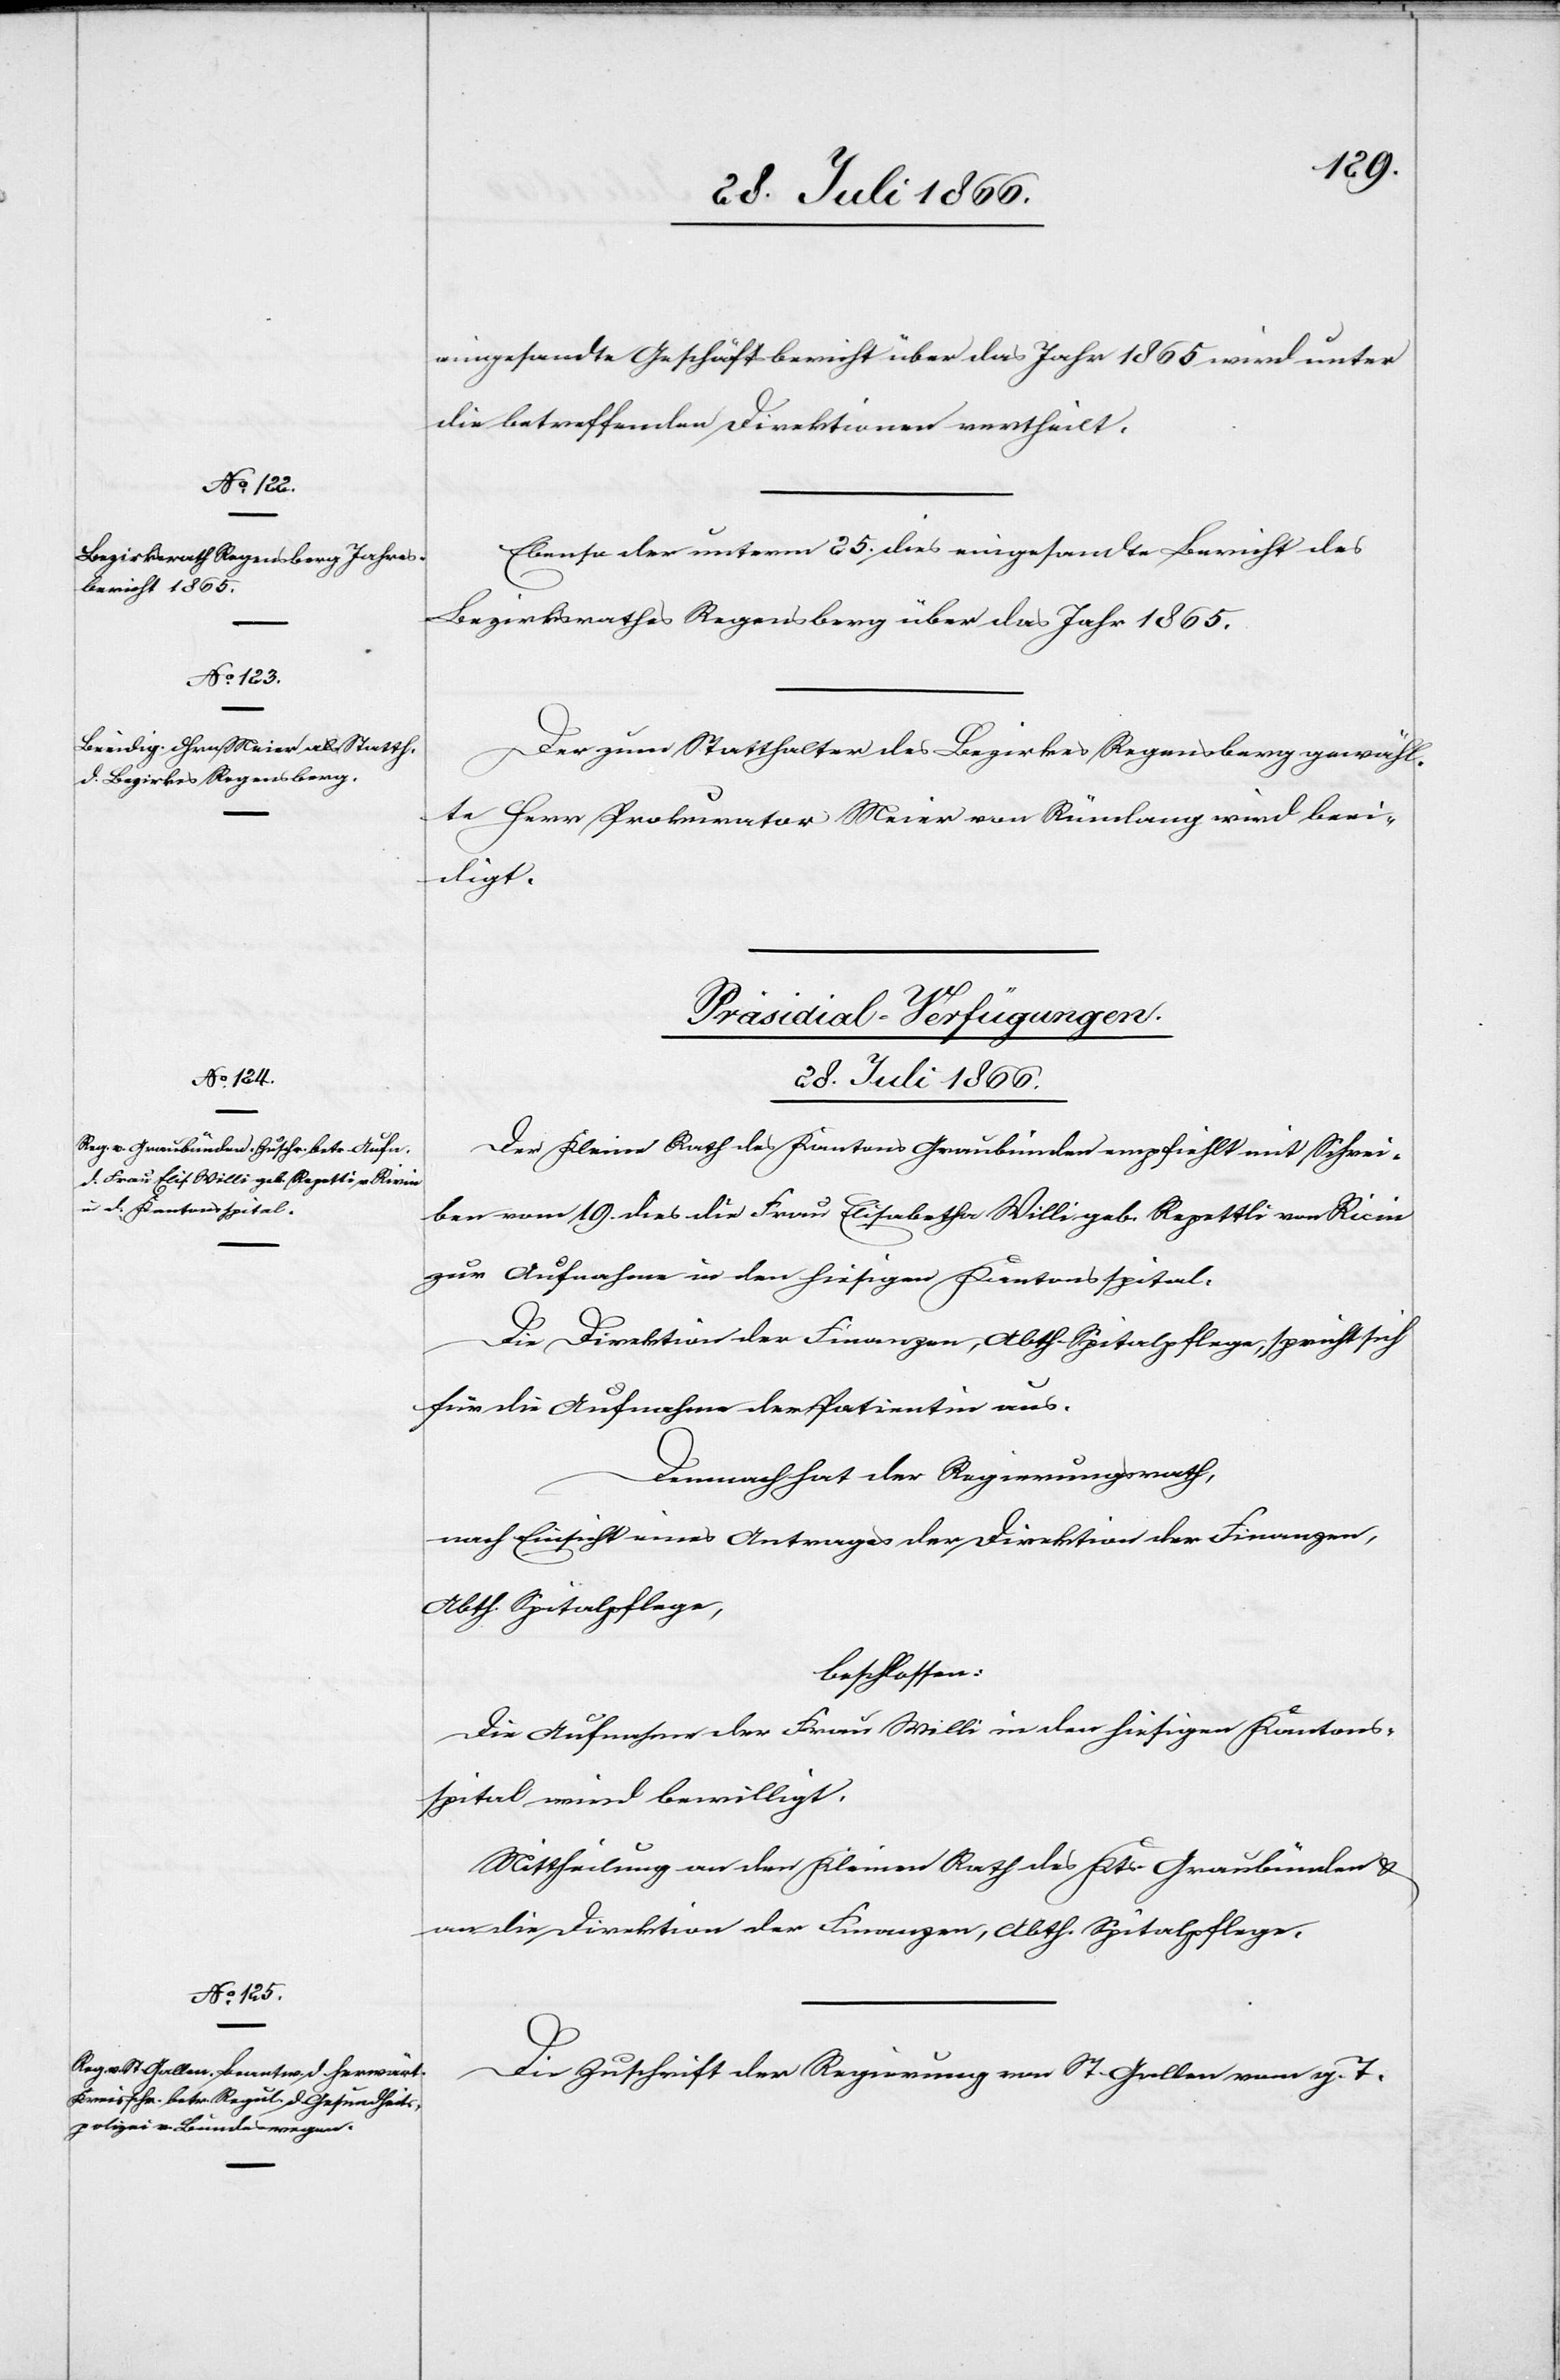
28. Juli 1866.]
eingesandte Geschäftsbericht über das Jahr 1865 wird unter
die betreffenden Direktionen vertheilt.
Ebenso der unterm 25. dies eingesandte Bericht des
Bezirksrathes Regensberg über das Jahr 1865.
Der zum Statthalter des Bezirkes Regensberg gewähl¬
te Herr Prokurator Meier von Rümlang wird beei¬
digt.
[Präsidial-Verfügungen.
28. Juli 1866.
Der Kleine Rath des Kantons Graubünden empfiehlt mit Schrei¬
ben vom 19. dies die Frau Elisabetha Willi geb. Repettli [sic!]
zur Aufnahme in den hiesigen Kantonsspital.
Die Direktion der Finanzen, Abth. Spitalpflege, spricht sich
für die Aufnahme der Patientin aus.
Demnach hat der Regierungsrath,
nach Einsicht eines Antrages der Direktion der Finanzen,
Abth. Spitalpflege,
beschlossen:
Die Aufnahme der Frau Willi in den hiesigen Kantons¬
spital wird bewilligt.
Mittheilung an den Kleinen Rath des Kts. Graubünden u.
an die Direktion der Finanzen, Abth. Spitalpflege.
Die Zuschrift der Regierung von St. Gallen vom g. T.